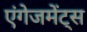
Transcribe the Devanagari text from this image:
एंगेजमेंट्स